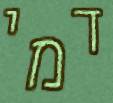
דמי